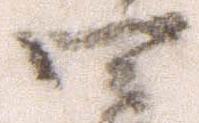
四